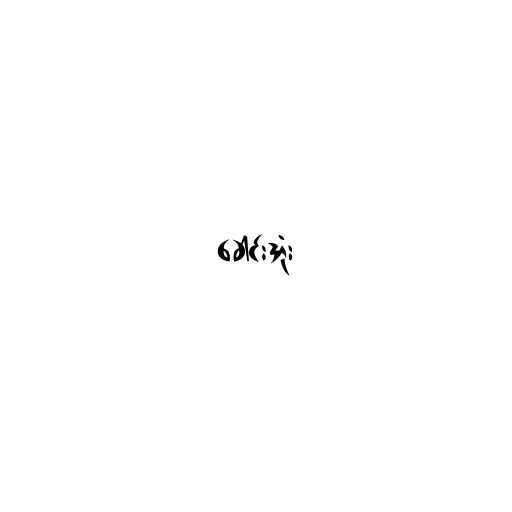
ခေါင်းအုံး